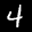
Label: 4